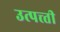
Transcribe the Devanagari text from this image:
उत्पत्त्ती